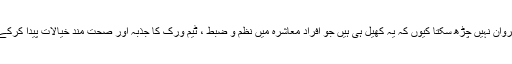
انھوں نے کہا کوئی معاشرہ کھیل کے بغیر پروان نہیں چڑھ سکتا کیوں کہ یہ کھیل ہی ہیں جو افرادِ معاشرہ میں نظم و ضبط ، ٹیم ورک کا جذبہ اور صحت مند خیالات پیدا کرکے اسے ترقی کی راہ پر گامزن کر دیتے ہیں ۔